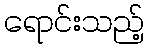
ရောင်းသည့်